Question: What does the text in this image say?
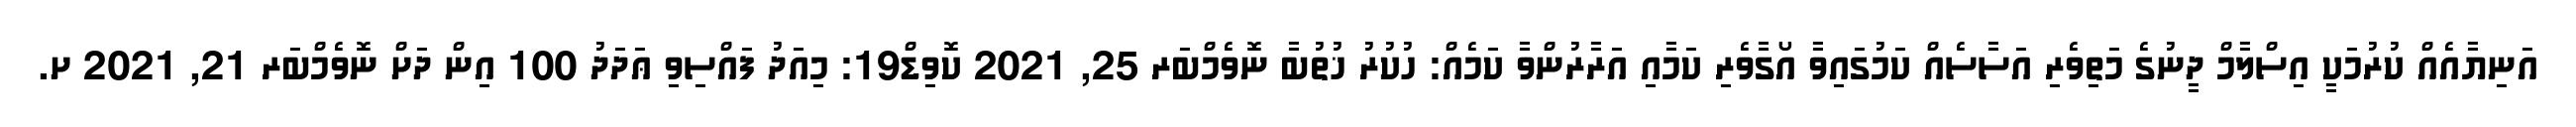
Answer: އަނިޔާއެއް ކުރުމަކީ އިސްލާމް ދީނުގެ މަތިވެރި އަސާސެއް ކަމުގައިވާ އޯގާވެރި ކަމާއި އަރާރުންވާ ކަމެއް: ހުކުރު ޚުތުބާ ނޮވެމްބަރ 25, 2021 ކޮވިޑް19: މިއަދު ފައްސިވި ޢަދަދު 100 އިން ދަށް ނޮވެމްބަރ 21, 2021 ށ.